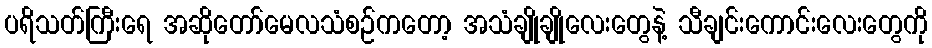
ပရိသတ်ကြီးရေ အဆိုတော်မေလသံစဉ်ကတော့ အသံချိုချိုလေးတွေနဲ့ သီချင်းကောင်းလေးတွေကို